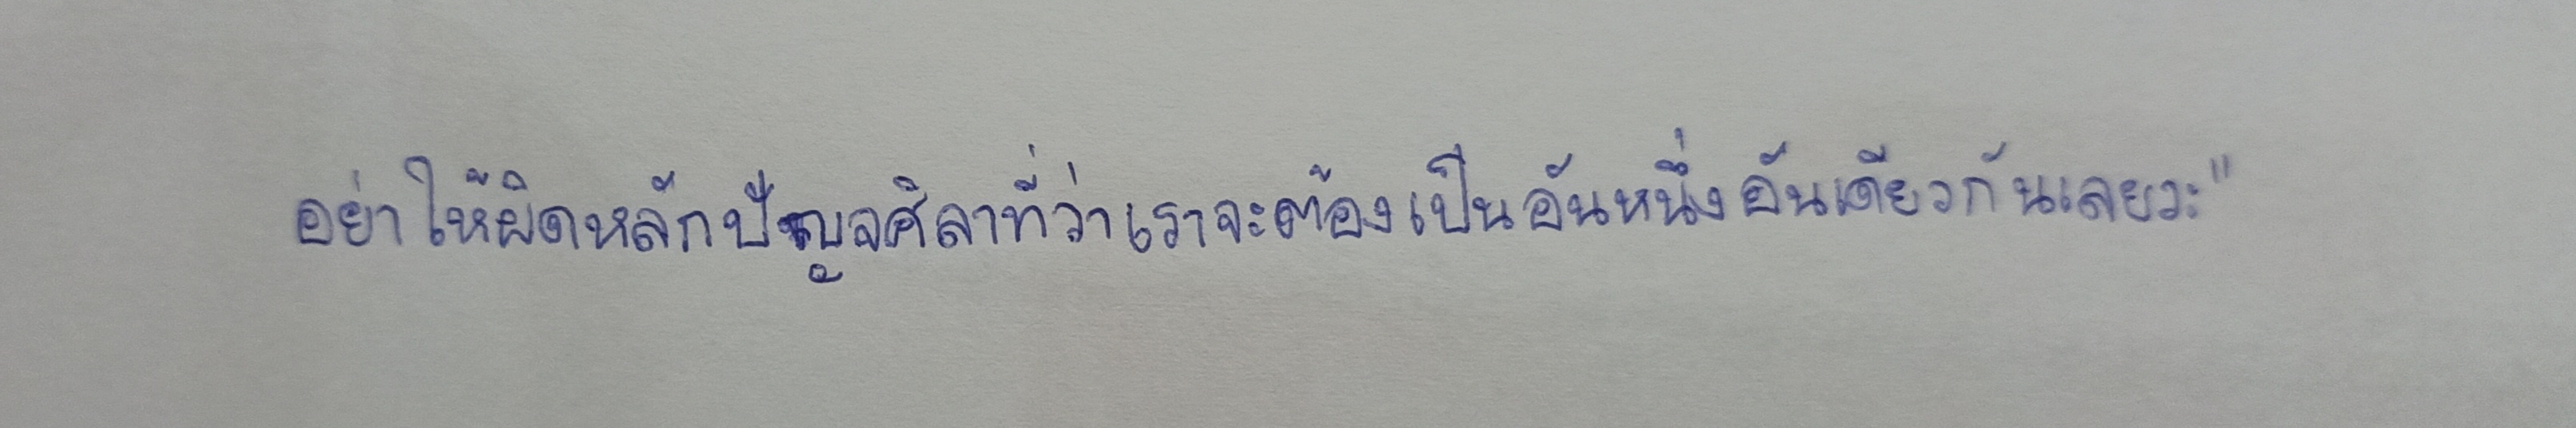
อย่าให้ผิดหลักปัญจศิลาที่ว่าเราจะต้องเป็นอันหนึ่งอันเดียวกันเลยวะ"